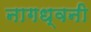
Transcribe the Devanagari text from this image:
नागध्वनी